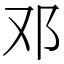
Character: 邓